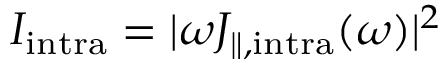
I _ { \mathrm { i n t r a } } = | \omega J _ { \parallel , \mathrm { i n t r a } } ( \omega ) | ^ { 2 }